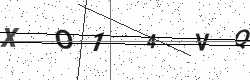
Text: XO14VQ